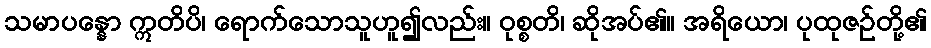
သမာပန္နော ဣတိပိ၊ ရောက်သောသူဟူ၍လည်း။ ဝုစ္စတိ၊ ဆိုအပ်၏။ အရိယော၊ ပုထုဇဉ်တို့၏